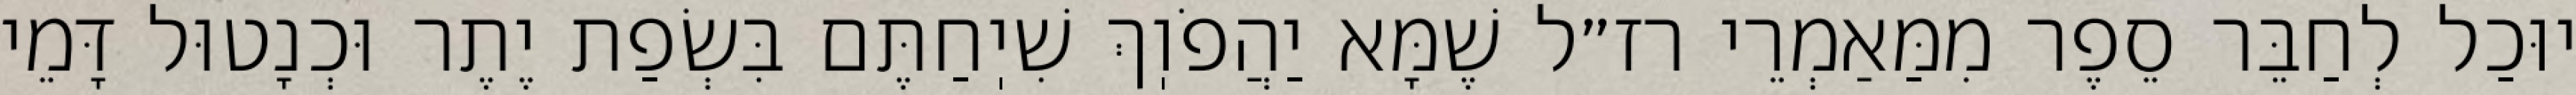
יוּכַל לְחַבֵּר סֵפֶר מִמַּאַמְרֵי רז״ל שֶׁמָּא יַהֲפֹוֽךְ שִׁיֽחַתֶּם בִּשְׂפַת יֶתֶר וּכְנָטוּל דָּמֵי